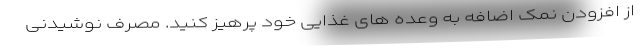
از افزودن نمک اضافه به وعده های غذایی خود پرهیز کنید. مصرف نوشیدنی